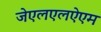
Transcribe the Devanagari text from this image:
जेएलएलऐएम